Vaccination in Bombay 1869-1873 - 1869-1873
Year: 1869
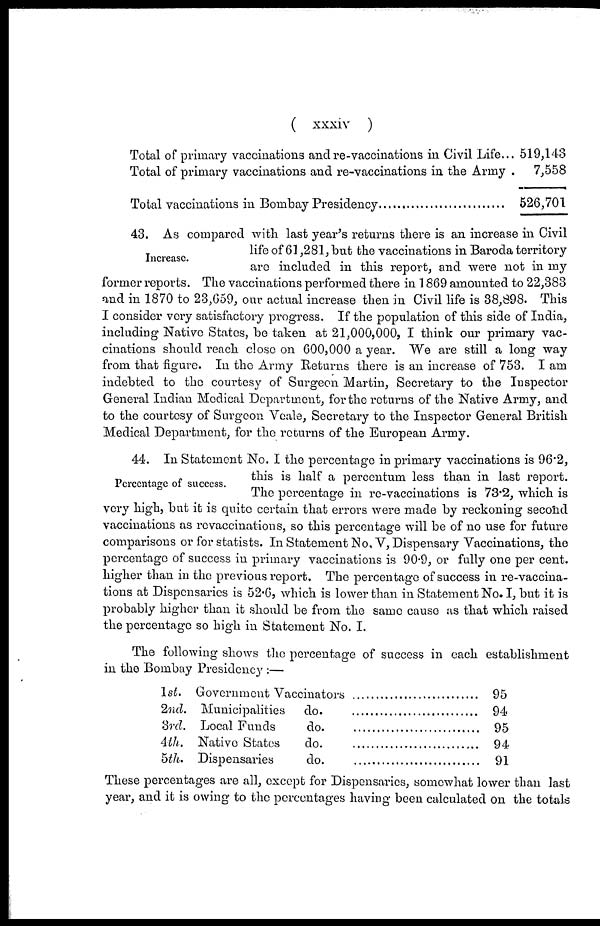
( xxxiv )
Total of primary vaccinations and re-vaccinations in Civil Life...
Total of primary vaccinations and re-vaccinations in the Army .
519,143
7,558
526,701
Increase.
43. As compared with last year's returns there is an increase in Civil
life of 61,281, but the vaccinations in Baroda territory
are included in this report, and were not in my
former reports. The vaccinations performed there in 1869 amounted to 22,383
and in 1870 to 23,659, our actual increase then in Civil life is 38,898. This
I consider very satisfactory progress. If the population of this side of India,
including Native States, be taken at 21,000,000, I think our primary vac-
cinations should reach close on 600,000 a year. We are still a long way
from that figure. In the Army Returns there is an increase of 753. I am
indebted to the courtesy of Surgeon Martin, Secretary to the Inspector
General Indian Medical Department, for the returns of the Native Army, and
to the courtesy of Surgeon Veale, Secretary to the Inspector General British
Medical Department, for the returns of the European Army.
Percentage of success.
44. In Statement No. I the percentage in primary vaccinations is 96.2,
this is half a percentum less than in last report.
The percentage in re-vaccinations is 73.2, which is
very high, but it is quite certain that errors were made by reckoning second
vaccinations as revaccinations, so this percentage will be of no use for future
comparisons or for statists. In Statement No. V, Dispensary Vaccinations, the
percentage of success in primary vaccinations is 90.9, or fully one per cent.
higher than in the previous report. The percentage of success in re-vaccina-
tions at Dispensaries is 52.6, which is lower than in Statement No. I, but it is
probably higher than it should be from the same cause as that which raised
the percentage so high in Statement No. I.
The following shows the percentage of success in each establishment
in the Bombay Presidency :—
1st.
2nd.
3rd.
4th.
5th.
Government Vaccinators ........................
Municipalities
do.
Local Funds
do.
Native States
do.
Dispensaries do. ...............................
95
94
95
94
91
These percentages are all, except for Dispensaries, somewhat lower than last
year, and it is owing to the percentages having been calculated on the totals